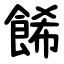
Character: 餙